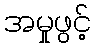
အမှုဖွင့်